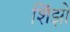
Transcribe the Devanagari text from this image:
शिंझो